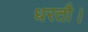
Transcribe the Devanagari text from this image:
धरतौ।